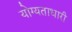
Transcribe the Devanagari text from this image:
योग्यताधारी